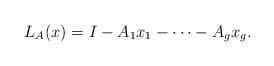
LaTeX: \begin{align*}L_A(x)=I - A_1 x_1-\cdots- A_g x_g.\end{align*}